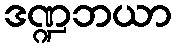
ဒဏ္ဍဘယာ